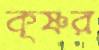
কৃষ্ণর